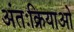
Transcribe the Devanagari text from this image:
अंतःक्रियाओ